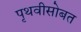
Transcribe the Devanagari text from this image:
पृथवीसोबत